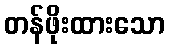
တန်ဖိုးထားသော